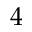
4